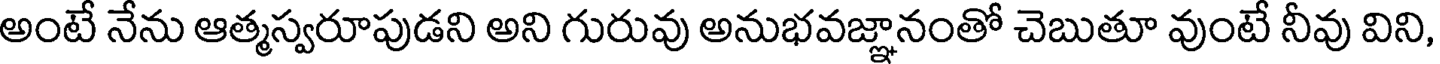
అంటే నేను ఆత్మస్వరూపుడని అని గురువు అనుభవజ్ఞానంతో చెబుతూ వుంటే నీవు విని